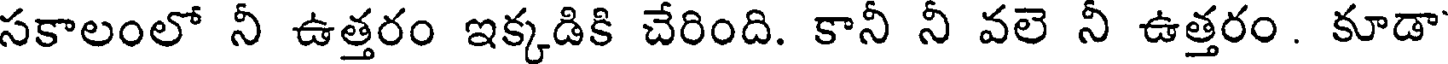
సకాలంలో నీ ఉత్తరం ఇక్కడికి చేరింది. కానీ నీ వలె నీ ఉత్తరం. కూడా